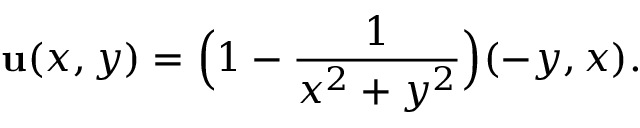
{ \mathbf u } ( x , y ) = \Big ( 1 - \frac { 1 } { x ^ { 2 } + y ^ { 2 } } \Big ) ( - y , x ) .